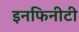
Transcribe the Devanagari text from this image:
इनफिनीटी